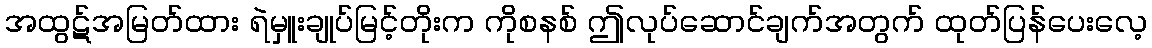
အထွဋ်အမြတ်ထား ရဲမှူးချုပ်မြင့်တိုးက ကိုစနစ် ဤလုပ်ဆောင်ချက်အတွက် ထုတ်ပြန်ပေးလေ့